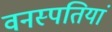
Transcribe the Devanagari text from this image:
वनस्‍पतियां